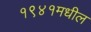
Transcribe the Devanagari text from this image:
१९४१मधील